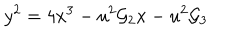
y ^ { 2 } = 4 x ^ { 3 } - u ^ { 2 } { \cal { G } } _ { 2 } x - u ^ { 2 } { \cal { G } } _ { 3 }